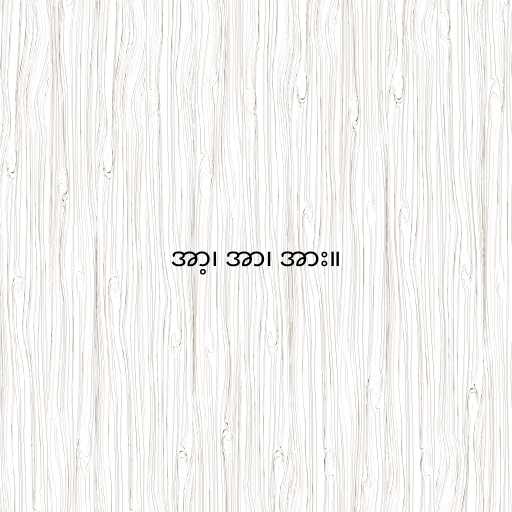
အာ့၊ အာ၊ အား။